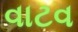
વાટવ